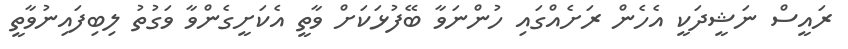
ރައީސް ނަޝީދަކީ އެހެން ރަށެއްގައި ހުންނަވާ ބޭފުޅަކަށް ވާތީ އެކަށީގެންވާ ވަގުތު ލިބިފައިނުވާތީ